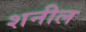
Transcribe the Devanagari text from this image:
शनील